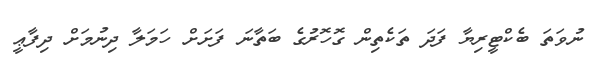
ނުވަތަ ބެކްޓީރިޔާ ފަދަ ތަކެތިން ގޮހޮރުގެ ބަތާނަ ފަށަށް ހަމަލާ ދިނުމަށް ދިފާޢީ